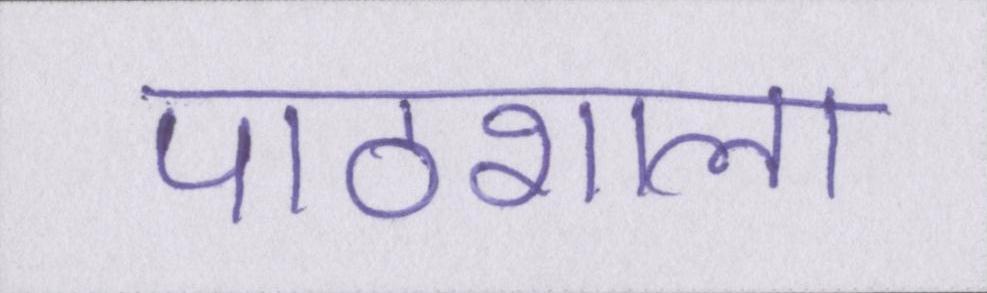
पाठशाला